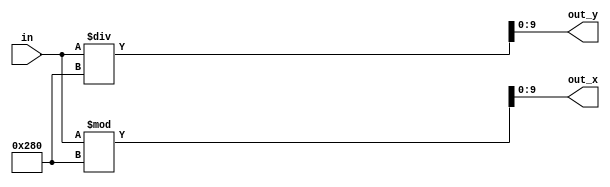
module coordinate_getter( in, out_x, out_y);

	input [18:0] in;
	output [9:0] out_x, out_y;
	
	assign out_x = in % 640;
	assign out_y = in / 640;
endmodule